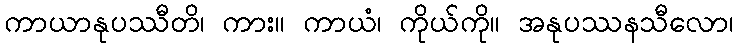
ကာယာနုပဿီတိ၊ ကား။ ကာယံ၊ ကိုယ်ကို။ အနုပဿနသီလော၊